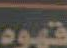
قهوه